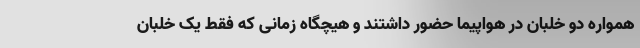
همواره دو خلبان در هواپیما حضور داشتند و هیچگاه زمانی که فقط یک خلبان